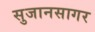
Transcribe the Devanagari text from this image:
सुजानसागर